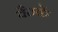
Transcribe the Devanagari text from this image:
वैठकें